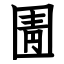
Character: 圊